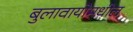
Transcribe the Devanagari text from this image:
बुलावायोमधील